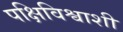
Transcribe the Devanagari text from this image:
पक्षिविश्वाशी